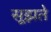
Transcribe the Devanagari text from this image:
सूझते